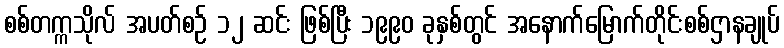
စစ်တက္ကသိုလ် အပတ်စဉ် ၁၂ ဆင်း ဖြစ်ပြီး ၁၉၉၀ ခုနှစ်တွင် အနောက်မြောက်တိုင်းစစ်ဌာနချုပ်